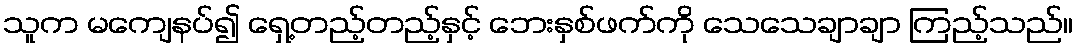
သူက မကျေနပ်၍ ရှေ့တည့်တည့်နှင့် ဘေးနှစ်ဖက်ကို သေသေချာချာ ကြည့်သည်။